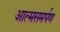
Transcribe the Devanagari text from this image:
आत्‍मसमर्पण